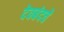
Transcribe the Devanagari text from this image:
देवबंदचे